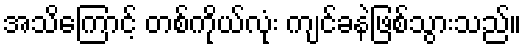
အသိကြောင့် တစ်ကိုယ်လုံး ကျင်ခနဲဖြစ်သွားသည်။